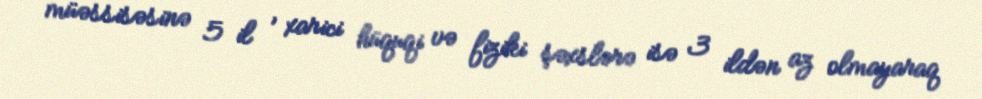
müəssisəsinə 5 il , xarici hüquqi və fiziki şəxslərə isə 3 ildən az olmayaraq